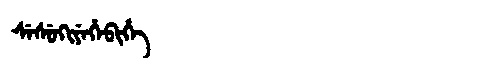
Manchu: ᠰᡝᠰᡠᡴᡳᠶᡝᡥᡝᠪᡳᡥᡝ
Romanization: SESUKIYEHEBIHE